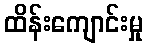
ထိန်းကျောင်းမှု